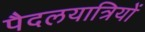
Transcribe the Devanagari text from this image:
पैदलयात्रियों